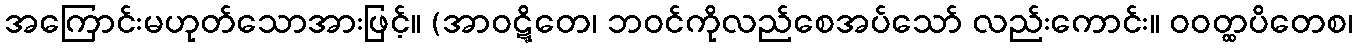
အကြောင်းမဟုတ်သောအားဖြင့်။ (အာဝဋ္ဋိတေ၊ ဘဝင်ကိုလည်စေအပ်သော် လည်းကောင်း။ ဝဝတ္ထပိတေစ၊